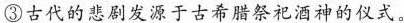
③古代的悲剧发源于古希腊祭祀酒神的仪式。